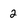
Character: 2